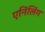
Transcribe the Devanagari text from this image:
एनिंलिंग